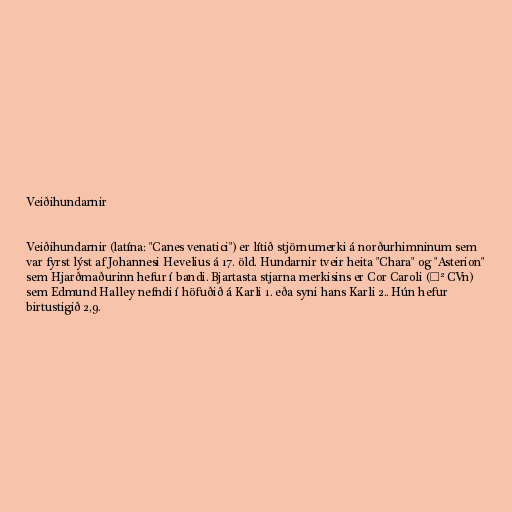
Veiðihundarnir

Veiðihundarnir (latína: "Canes venatici") er lítið stjörnumerki á norðurhimninum sem
var fyrst lýst af Johannesi Hevelius á 17. öld. Hundarnir tveir heita "Chara" og "Asterion"
sem Hjarðmaðurinn hefur í bandi. Bjartasta stjarna merkisins er Cor Caroli (α² CVn)
sem Edmund Halley nefndi í höfuðið á Karli 1. eða syni hans Karli 2.. Hún hefur
birtustigið 2,9.